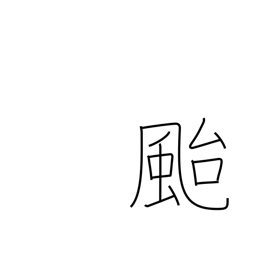
Meaning: typhoon